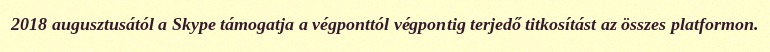
2018 augusztusától a Skype támogatja a végponttól végpontig terjedő titkosítást az összes platformon.